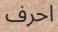
احرف